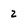
Character: 2